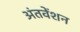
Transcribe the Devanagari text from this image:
अंतवेंशन